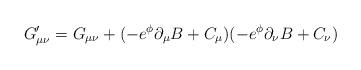
LaTeX: \begin{align*}G_{\mu\nu}^{\prime} = G_{\mu\nu}+(-e^{\phi}\partial_{\mu}B+C_{\mu})(-e^{\phi}\partial_{\nu}B+C_{\nu})\end{align*}